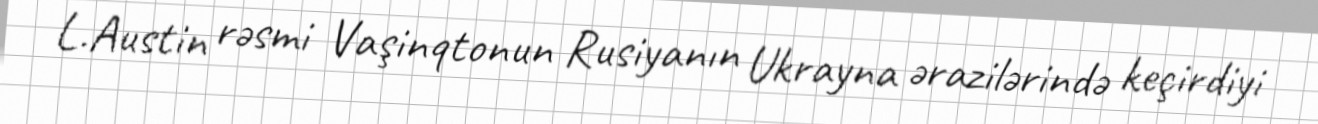
L.Austin rəsmi Vaşinqtonun Rusiyanın Ukrayna ərazilərində keçirdiyi